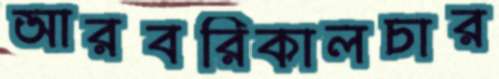
আরবরিকালচার